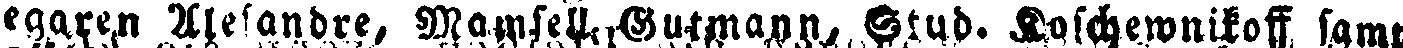
egaren Alesandre, Mamsell Gutmann, Stud. Koschewnikoff samt